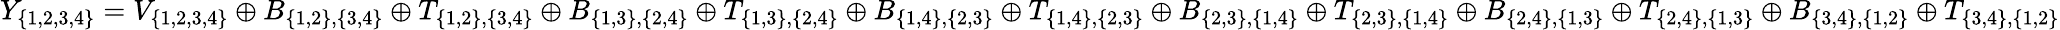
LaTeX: Y_{\{ 1,2,3,4\} }=V_{\{ 1,2,3,4\} }\oplus B_{\{ 1,2\} ,\{ 3,4\} }\oplus T_{\{ 1,2\} ,\{ 3,4\} }\oplus B_{\{ 1,3\} ,\{ 2,4\} }\oplus T_{\{ 1,3\} ,\{ 2,4\} }\oplus B_{\{ 1,4\} ,\{ 2,3\} }\oplus T_{\{ 1,4\} ,\{ 2,3\} }\oplus B_{\{ 2,3\} ,\{ 1,4\} }\oplus T_{\{ 2,3\} ,\{ 1,4\} }\oplus B_{\{ 2,4\} ,\{ 1,3\} }\oplus T_{\{ 2,4\} ,\{ 1,3\} }\oplus B_{\{ 3,4\} ,\{ 1,2\} }\oplus T_{\{ 3,4\} ,\{ 1,2\} }